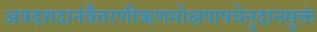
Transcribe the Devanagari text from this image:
अत्रदशदानंवैतरणीऋणमोक्षपापधेनुदानमुक्तं